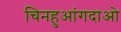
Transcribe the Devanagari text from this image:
चिनहुआंगदाओ